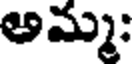
అమ్మ;